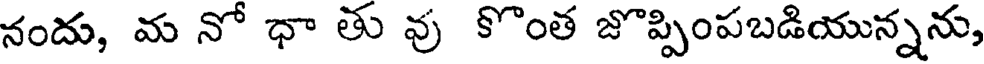
నందు, మ నో ధా తు వు కొంత జొప్పింపబడియున్నను,